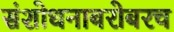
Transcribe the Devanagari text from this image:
संशोधनाबरोबरच